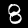
Digit: 8